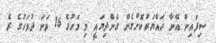
ސިފައިން އޭނާ ހައްޔަރުކޮށްގެން ގެންދިޔައީ މި މަހުގެ 16 ވަނަ ދުވަހުގެ ރެ